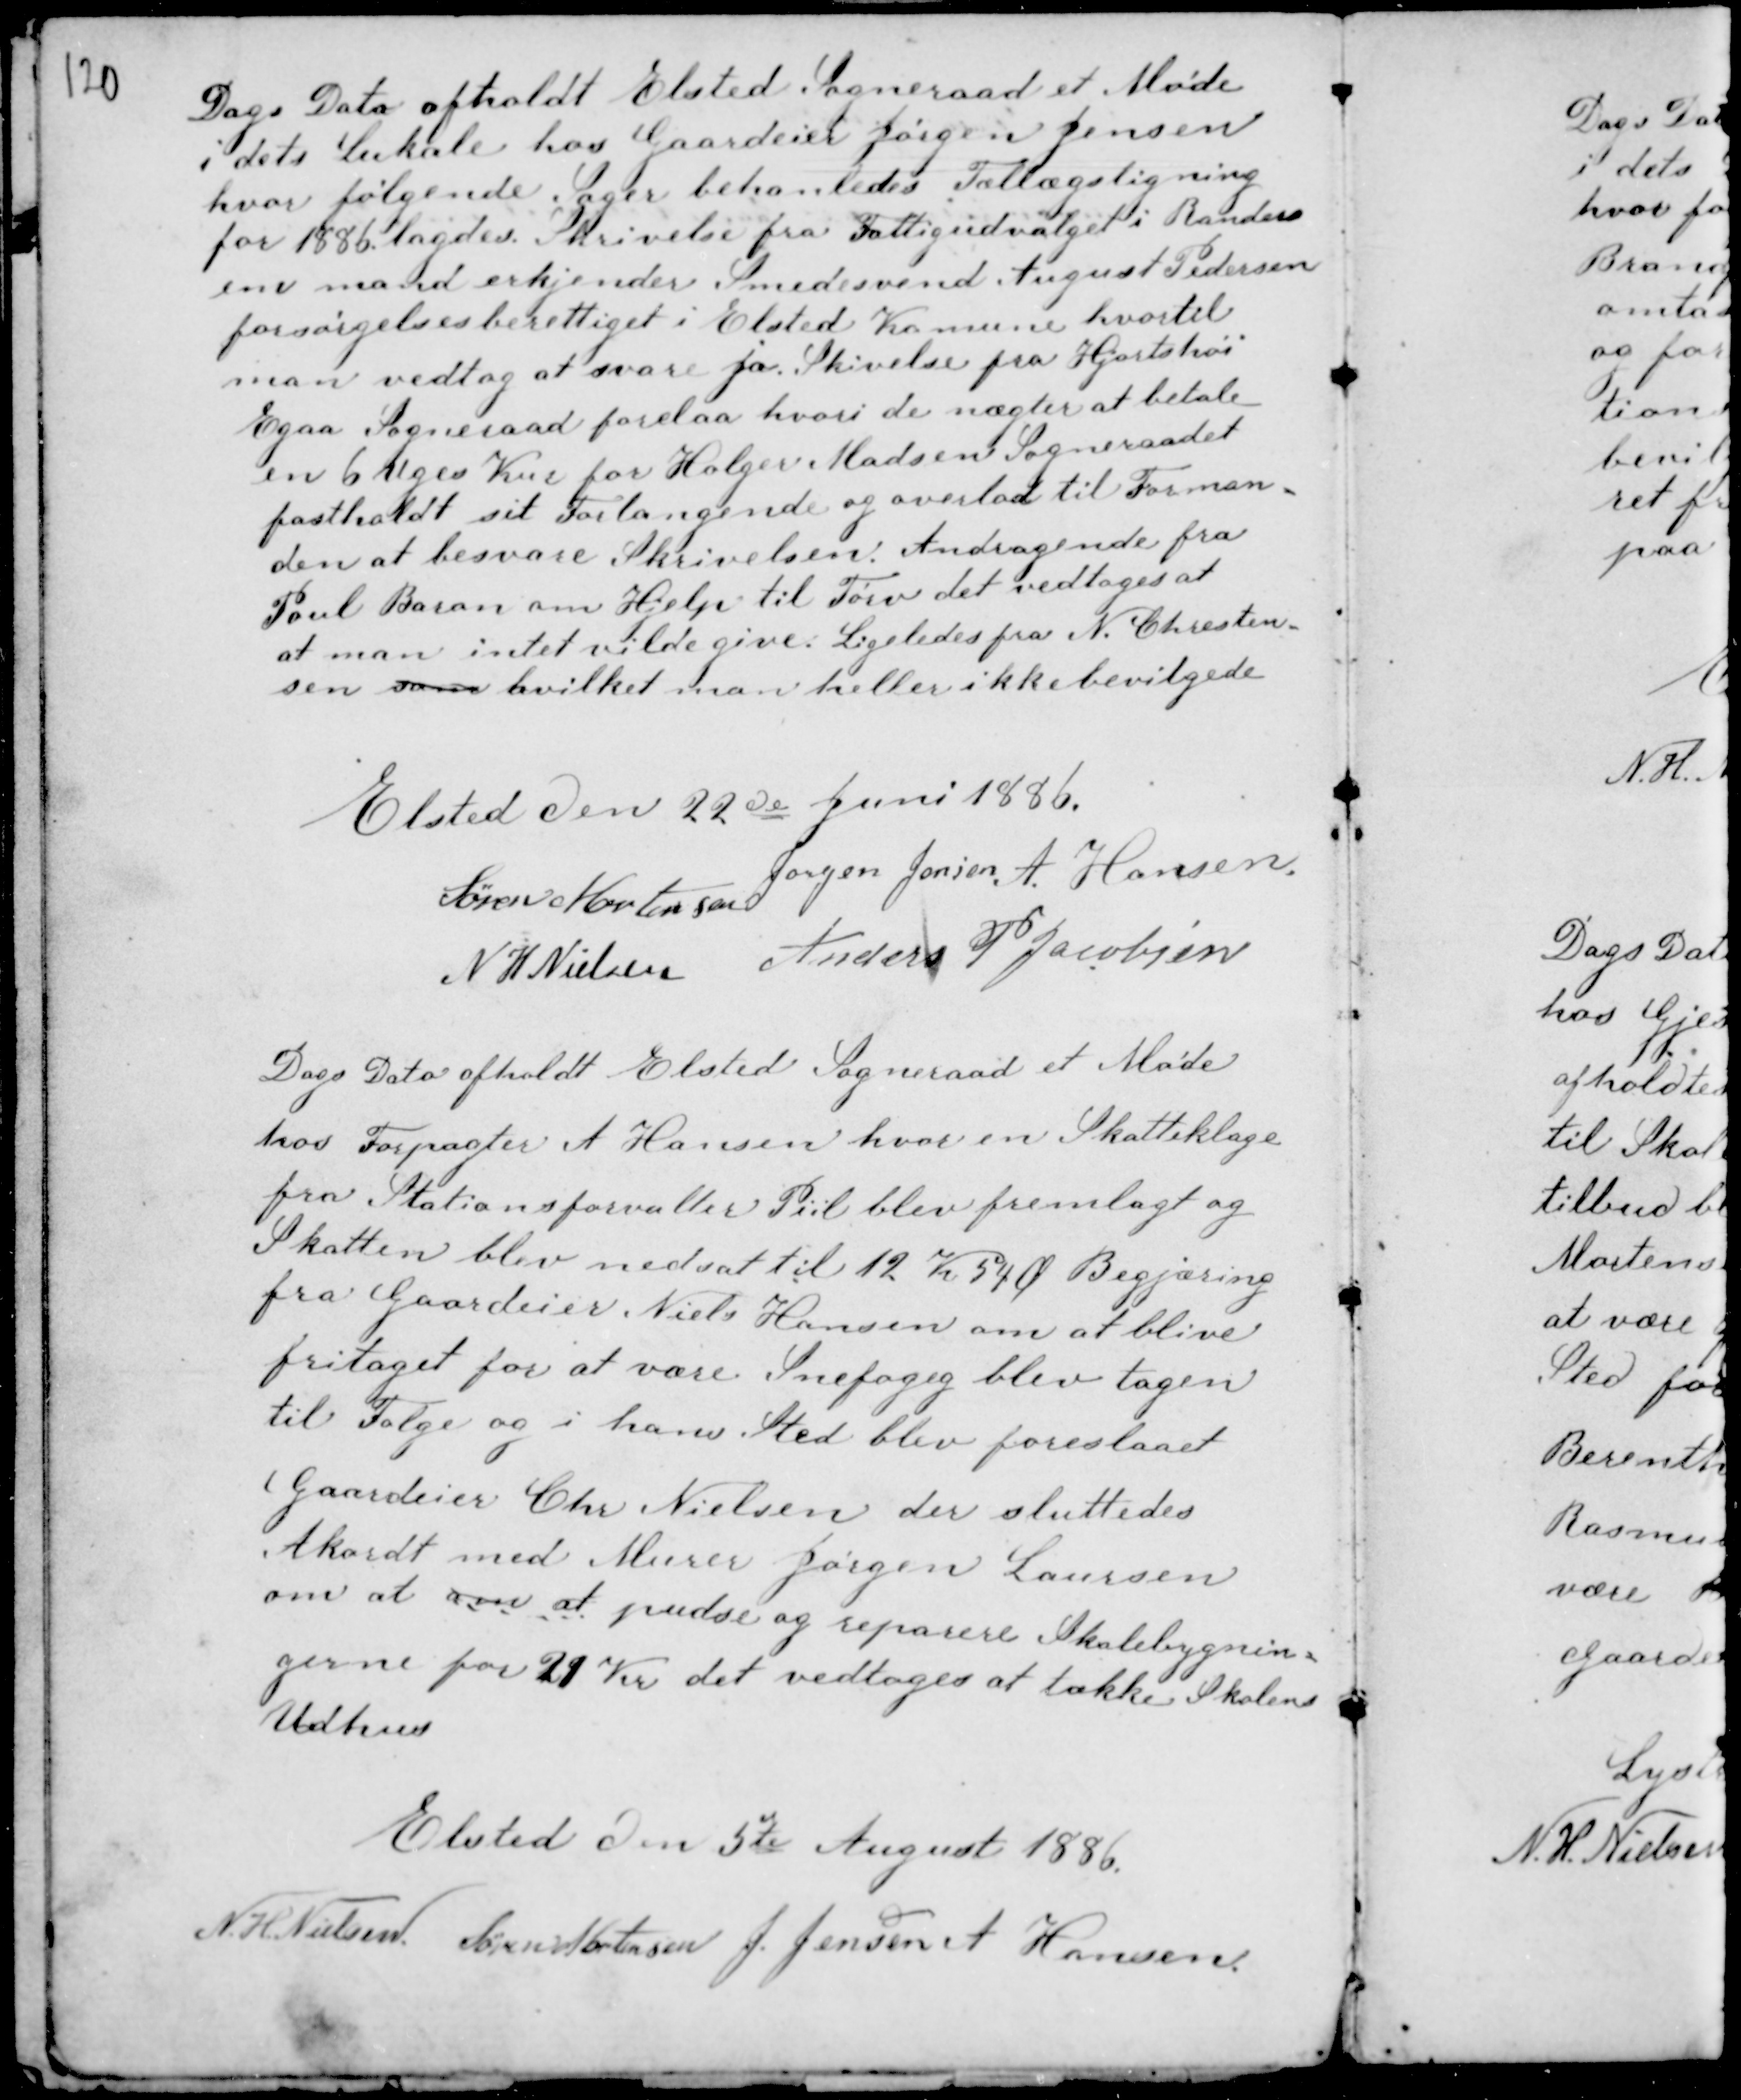
Transskription:
Dags Dato afholdt Elsted Sogneraad et Møde
i dets Lokale hos Gaardeier Jørgen Jensen
hvor følgende Sager behanledes. Tillægsligning
for 1886 lagdes. Skrivelse fra Fattigudvalget i Randers
em mand erkjender Smedesvend August Pedersen
forsørgelsesberettiget i Elsted Komune hvortil
man vedtog at svare ja. Skrivelse fra Hjortshøi
Egaa Sogneraad forelaa hvori de nægter at udbetale
en 6 Uges Kur for Holger Madsen Sogneraadet
fastholdt sit Forlangende og overlod til Forman-
den at besvare Skrivelsen. Andragende fra
Poul Baron om Hjelp til Tørv det vedtoges at
at man intet vilde give. Ligeledes N. Chresten-
sen som hvilket man heller ikke bevilgede

Elsted den 22de Juni 1886.
Søren Mortensen
Jørgen Jensen A. Hansen
N H Nielsen Anders P Jacobsen

Dags Dato afholdt Elsted Sogneraad et Møde
hos Forpagter A Hansen hvor en Skatteklage
fra Stationsforvalter Piil blev fremlagt og
Skatten blev nedsat til 12 Kr 54 Ø Begjæring
fra Gaardeier Niels Hansen om at blive
fritaget for at være Snefogeg blev tagen
til Følge og i hans Sted blev foreslaaet
Gaardeier Chr Nielsen der sluttedes
Akord med Murer Jørgen Laursen
om at om at pudse og reparere Skolebygnin-
gerne for 29 Kr det vedtoges at tække Skolens
Udhus

Elsted den 5te August 1886.
N. H. Nielsen Søren Mortensen J. Jensen A Hansen